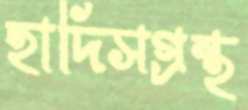
হাদিসগ্রন্থ